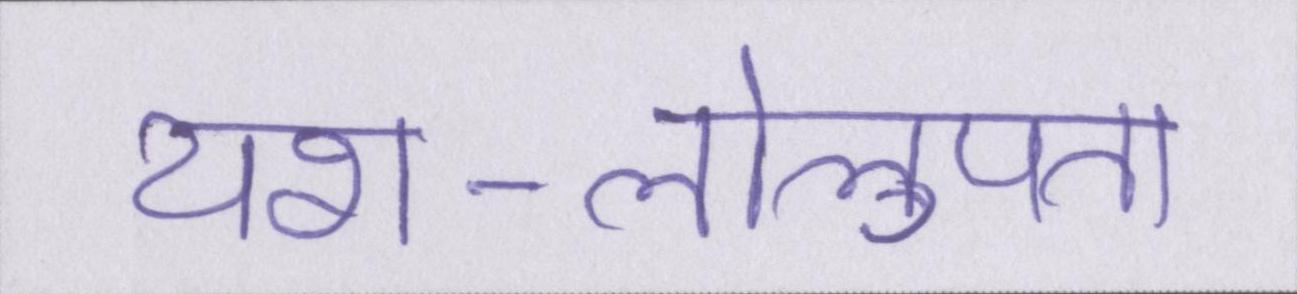
यश-लोलुपता